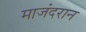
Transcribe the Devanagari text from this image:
माजंदरान